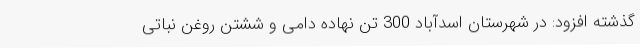
گذشته افزود: در شهرستان اسدآباد 300 تن نهاده دامی و ششتن روغن نباتی